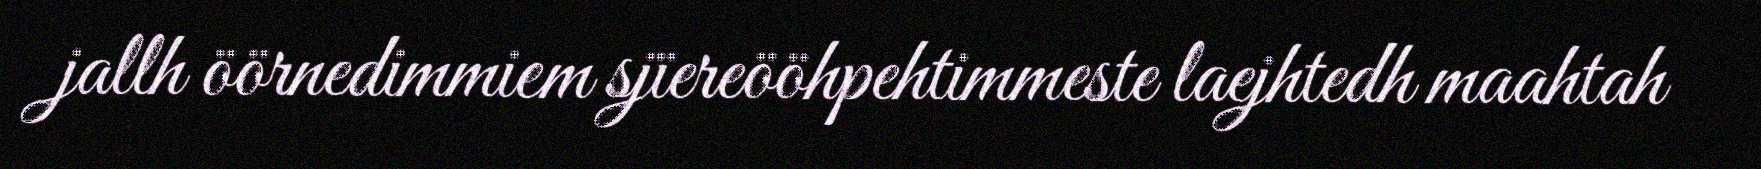
jallh öörnedimmiem sjïereööhpehtimmeste laejhtedh maahtah